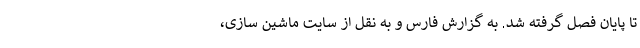
تا پایان فصل گرفته شد. به گزارش فارس و به نقل از سایت ماشین سازی،